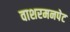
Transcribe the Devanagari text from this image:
वाशरमनपेट